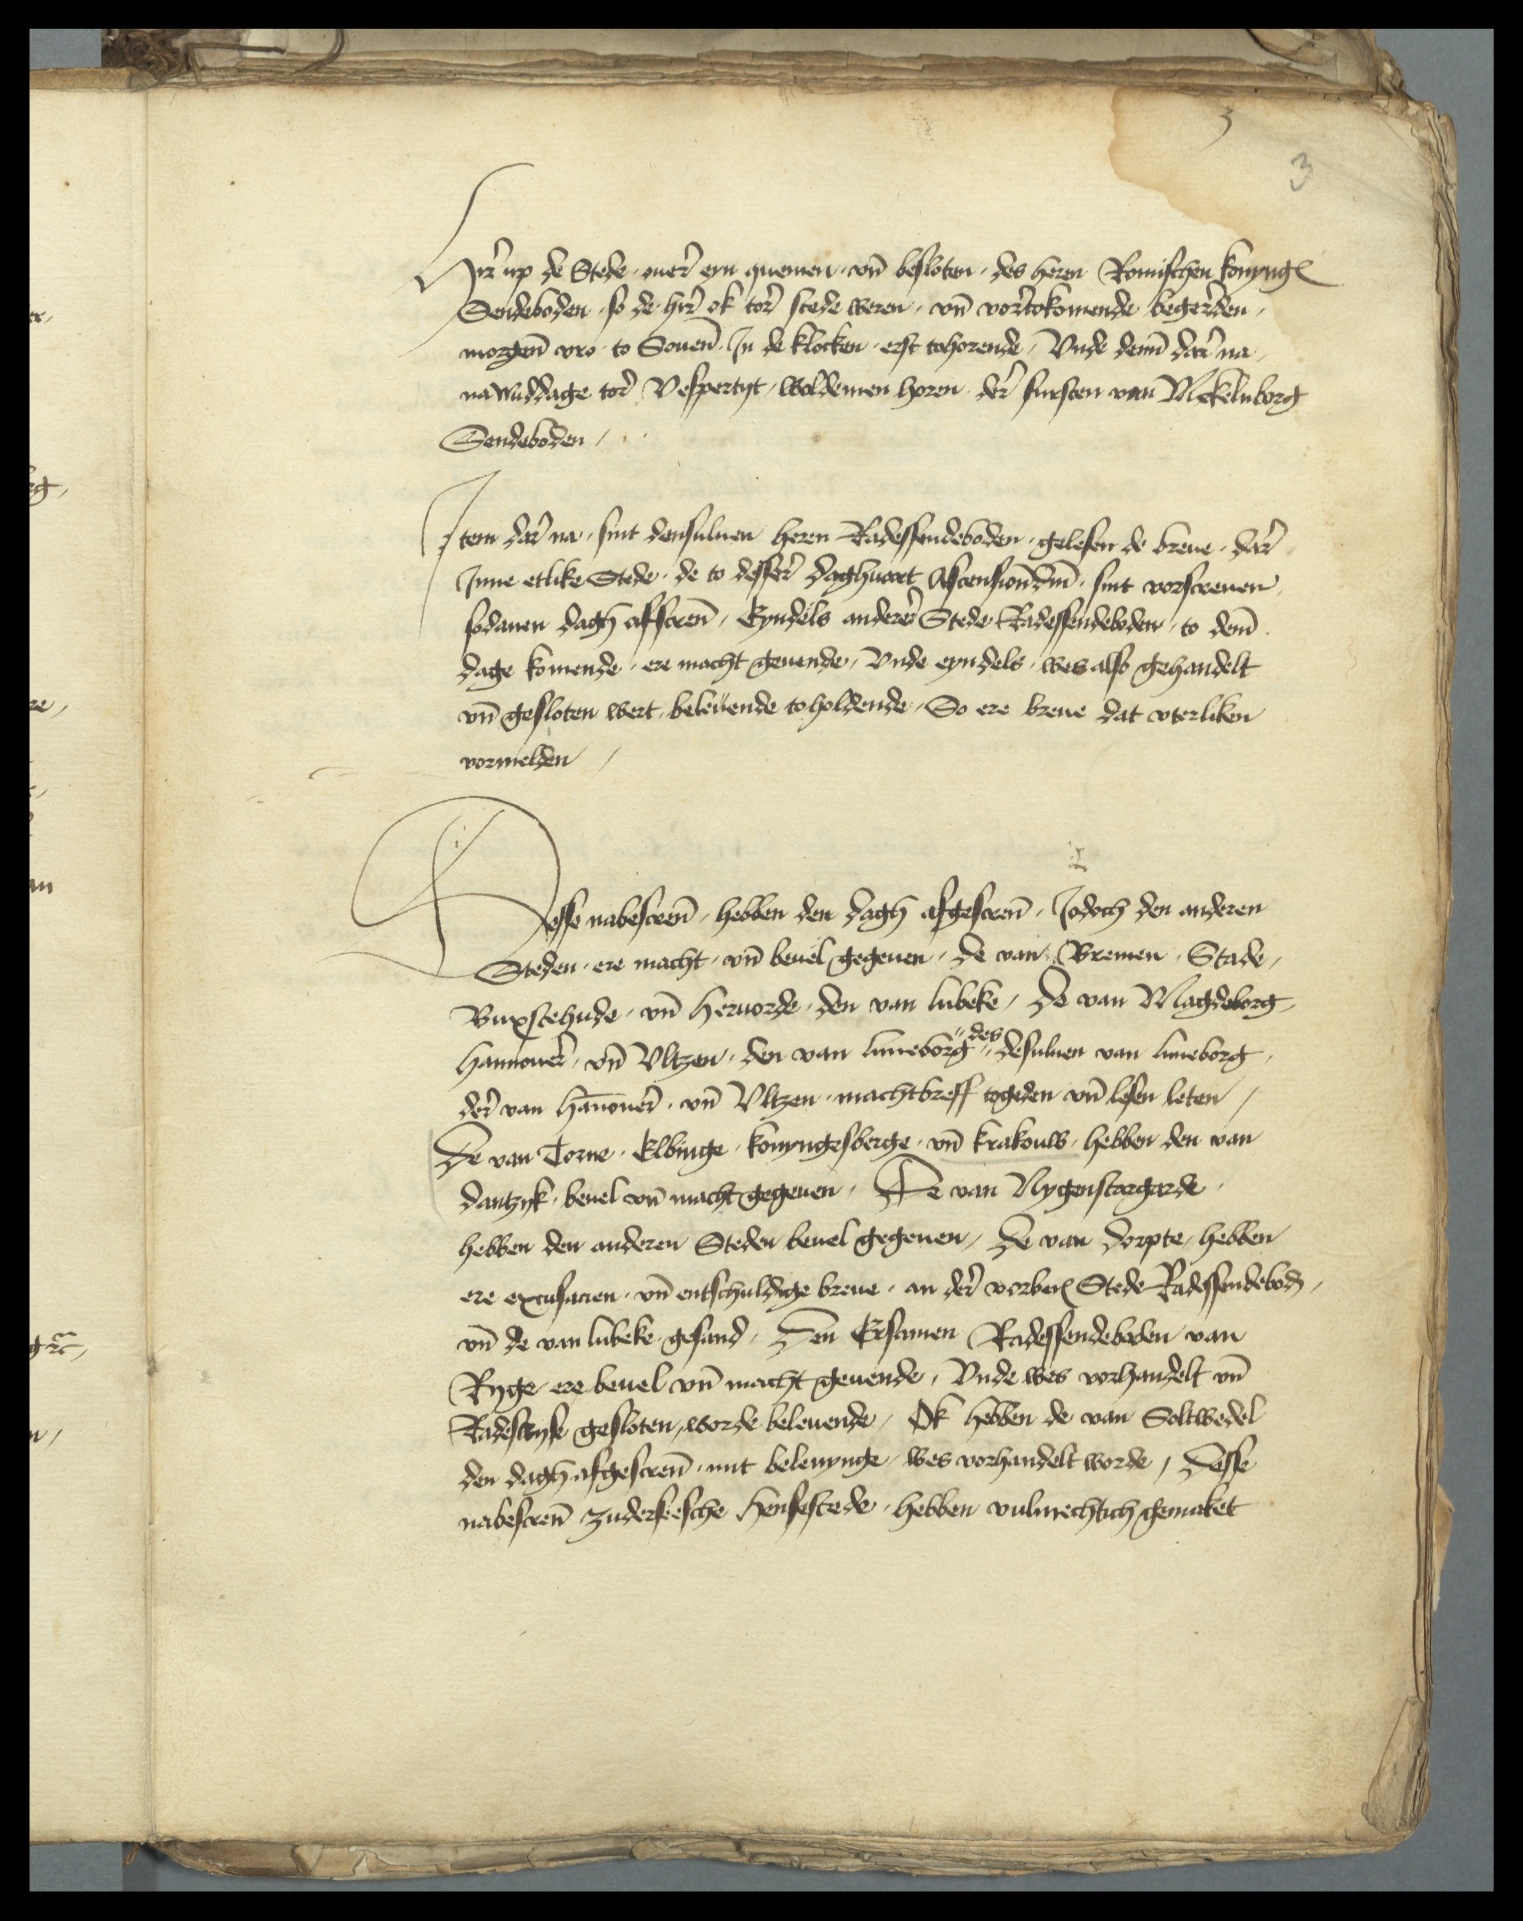
Hir up de Stede ouer eyn quemen, vnd besloten, des heren Romisschen konynges
Sendeboden so de heren ok tor stede weren, vnd vortokomende begereden
mogene vro to Souene Jn de klocken erst tohorende, Vnde deme dar na
namiddage tor Vespertyt, woldemen horen der fursten van Mekelenborg
Sendeboden

Jtem dar na sint densuluen heren Radessendeboden gelesen de breue, dar
Jnne etlike Stede, de to desser daghuart Ascension̄ dm̄ sint vorscreuen
sodanen dach afscrēn, Eyndels anderen Stede Radessendeboden, to dem̄
dage komende, ere macht geuende, Vnde eyndels wes also gehandelt
vn̄ gesloten wert beleuende toholdende, So ere breue dat vterliken

Desse nabescrēn hebben den dagh afgescrēn, Jodoch den anderen
Steden, ere macht, vn̄ beuel gegeuen, de van Bremen, Stade
Buxtehude vn̄ Heruorde, den van Lubeke, de van Magdeborg
Hannouer vn̄ Vltzen, den van Luneborg des desuluen van Luneborg
der van Hānouer vn̄ Vltzen machtbreff togeden vn̄ lesen leten
de van Torne, Elbinge Konyngesberge vn̄ Krakouw hebben den van
Dantzyk beuel vn̄ macht gegeuen, de van Nygenstargarde
hebben den anderen Steden beuel gegeuen, de van Dorpte hebben
ere excusarien vn̄ entschuldige breue, an der vorberꝬ Stede Radessendeboḑ
vnd de van Lubeke gesand, den Ersamen Radessendeboden van
Ryge ere beuel vn̄ macht geuende, vnde wes vorhandelt vn̄
Radesskyke gesloten, worde beleuende, ok hebben de van Soltwedel
den dagh afgescrēn mit belenynge, wes vorhandelt worde, desse
nabescrēn zuderseessche hensestede, hebben vulmechtich gemaket